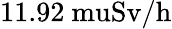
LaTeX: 11.92\mathrm{{\ mu}Sv/h}